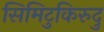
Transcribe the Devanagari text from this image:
सिमिटुकिरुदु